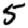
Digit: 5